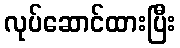
လုပ်ဆောင်ထားပြီး